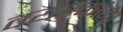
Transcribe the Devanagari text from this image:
वयस्कांना